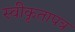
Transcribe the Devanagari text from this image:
स्वीकृतापत्र